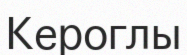
Кероглы